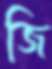
জি